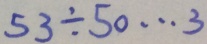
5 3 \div 5 0 \cdots 3